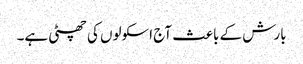
بارش کے باعث آج اسکولوں کی چھٹی ہے۔